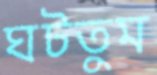
ঘটতুম